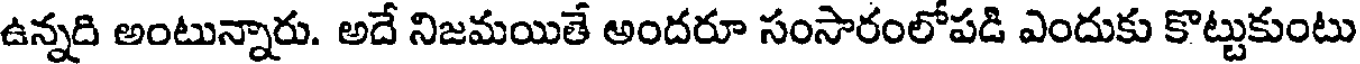
ఉన్నది అంటున్నారు. అదే నిజమయితే అందరూ సంసారంలోపడి ఎందుకు కొట్టుకుంటు